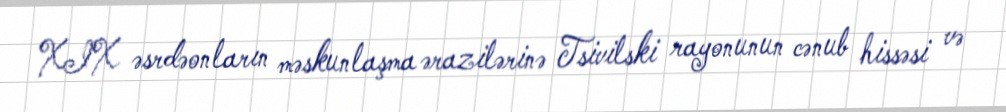
XIX əsrdəonların məskunlaşma ərazilərinə Tsivilski rayonunun cənub hissəsi və